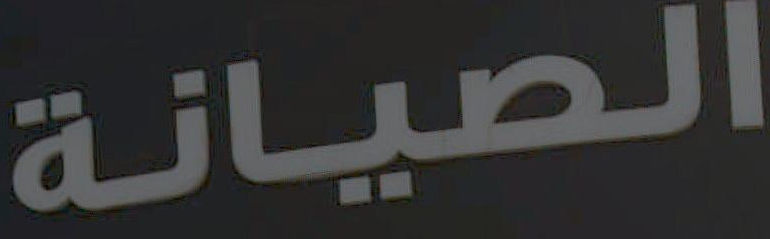
الصيانة